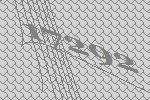
17292